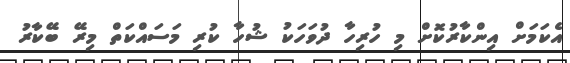
އެކަމަށް އިންކާރުކޮށް މި ހުރިހާ ދުވަހަކު ޝުހާ ކުރި މަސައްކަތް މިރޭ ބޭކާރު